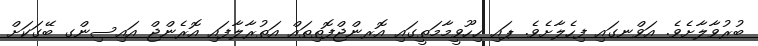
ބުރުވާލާށެވެ. އަވްނގައި ފިހެލާށެވެ. ޕައި ހިހޫވީމާމަތީގައި އޮރންޖްފޮތިތައް އަތުރާލާފައި އޮރެންޖް އައިސިންގ ބޭގަކަށް